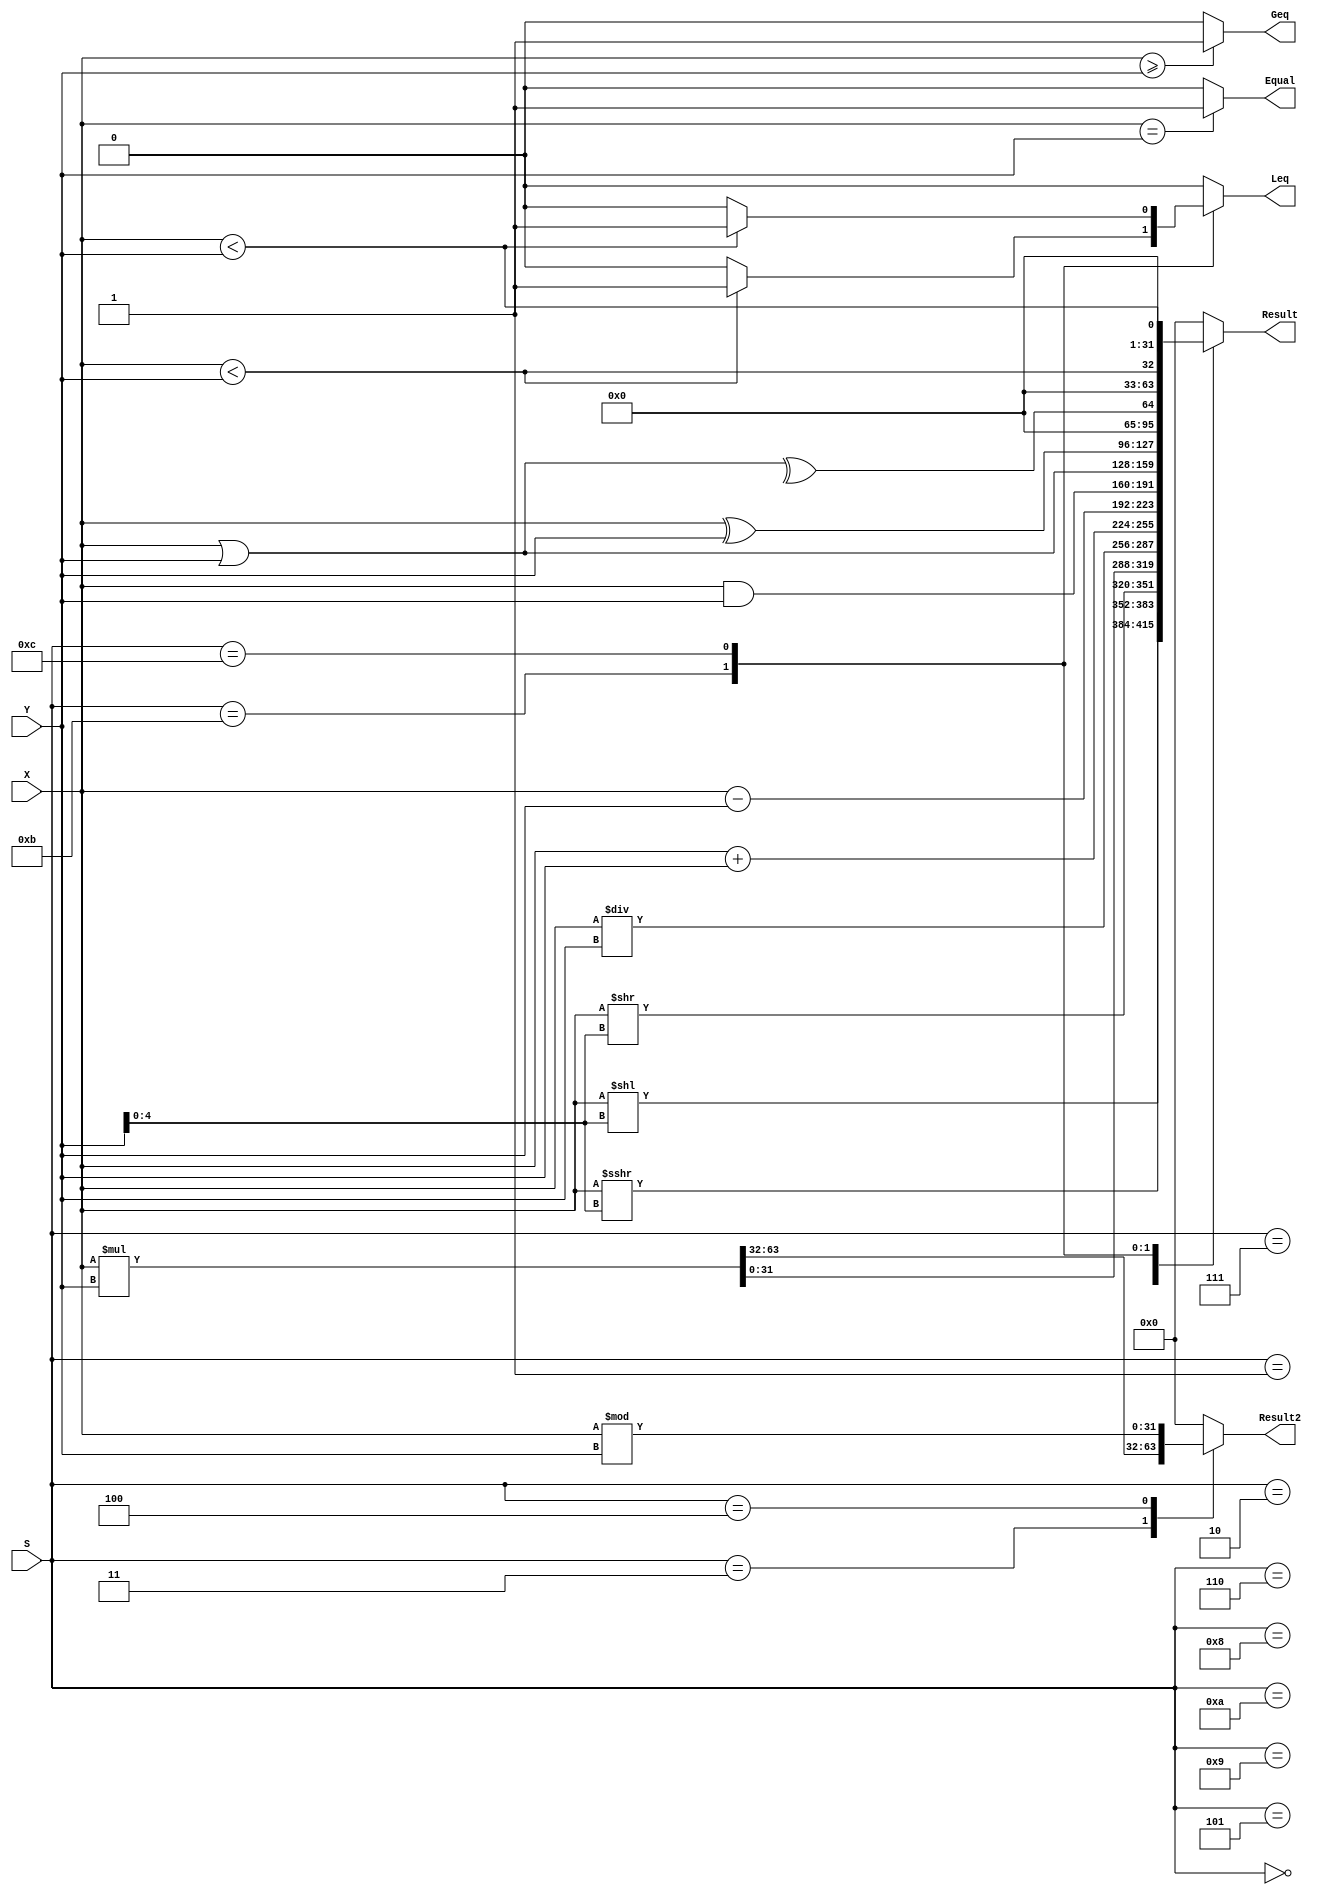
`timescale 1ns / 1ps
module ALU(X,Y,S,Result,Result2,Equal,Geq,Leq);
    input signed[31:0]X,Y;
    input[3:0]S;
    output reg[31:0]Result,Result2;
    output reg Leq;
    output Equal,Geq;
    assign Geq=($unsigned(X)>=$unsigned(Y))?1:0;
    assign Equal=(X==Y)?1:0;
    initial begin
        Result=0;
        Result2=0;
        Leq=0;
    end
    always @(X,Y,S)begin
        case(S)
            0:begin
                Result=X<<(Y[4:0]);
                Result2=0;
                Leq=0;
            end
            1:begin
                Result=X>>>(Y[4:0]);
                Result2=0;
                Leq=0;
            end
            2:begin
                Result=X>>(Y[4:0]);
                Result2=0;
                Leq=0;
            end
            3:begin
                {Result2,Result}=X*Y;
                Leq=0;
            end
            4:begin
                Result=X/Y;
                Result2=X%Y;
                Leq=0;
            end
            5:begin
                Result=X+Y;
                Result2=0;
                Leq=0;
            end
            6:begin
                Result=X-Y;
                Result2=0;
                Leq=0;
            end
            7:begin
                Result=X&Y;
                Result2=0;
                Leq=0;
            end
            8:begin
                Result=X|Y;
                Result2=0;
                Leq=0;
            end
            9:begin
                Result=X^Y;
                Result2=0;
                Leq=0;
            end
            10:begin
                Result=^(X|Y);
                Result2=0;
                Leq=0;
            end
            11:begin
                Result={31'b0,{X<Y}};
                Result2=0;
                Leq=(X<Y)?1:0;
            end
            12:begin
                Result={31'b0,{$unsigned(X)<$unsigned(Y)}};
                Result2=0;
                Leq=($unsigned(X)<$unsigned(Y))?1:0;
            end
            default:begin
                Result=0;
                Result2=0;
                Leq=0;
            end
        endcase
    end
endmodule